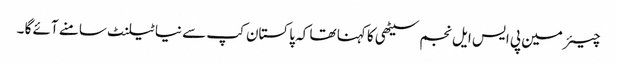
چیئرمین پی ایس ایل نجم سیٹھی کا کہنا تھا کہ پاکستان کپ سے نیا ٹیلنٹ سامنے آئے گا ۔